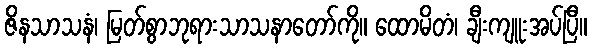
ဇိနသာသနံ၊ မြတ်စွာဘုရားသာသနာတော်ကို။ ထောမိတံ၊ ချီးကျူးအပ်ပြီ။